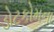
ડોટકોમના